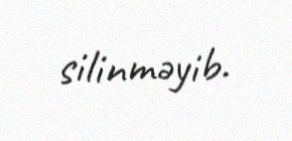
silinməyib.